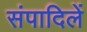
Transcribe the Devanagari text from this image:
संपादिलें